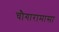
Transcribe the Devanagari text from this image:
चौगारामासा